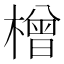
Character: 橧